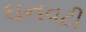
ઘનવટી